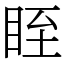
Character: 眰